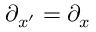
\partial _ { x ^ { \prime } } = \partial _ { x }